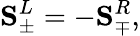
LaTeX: \mathbf{S}_{\pm}^{L}=-\mathbf{S}_{\mp}^{R},